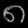
Digit: ၈